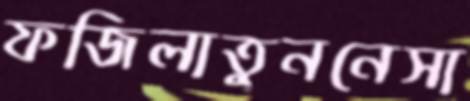
ফজিলাতুননেসা